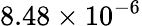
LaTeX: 8.48\times 10^{-6}